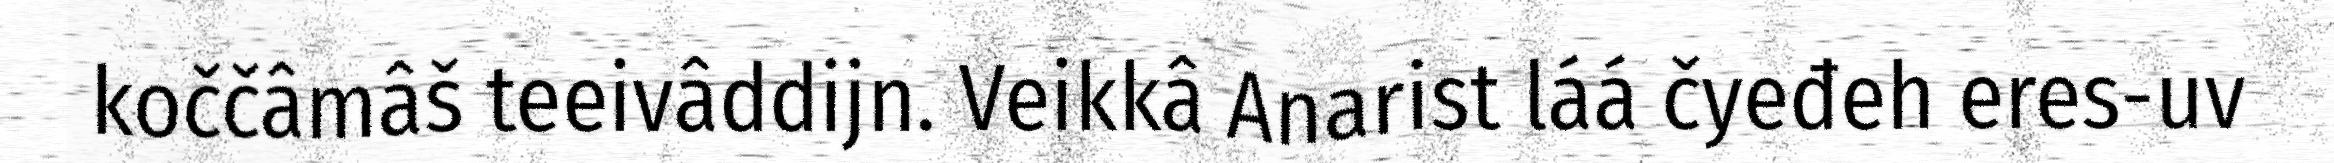
koččâmâš teeivâddijn. Veikkâ Anarist láá čyeđeh eres-uv